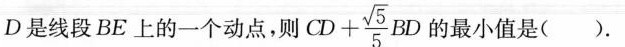
D是线段BE上的一个动点，则 $$C D +